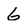
Character: G